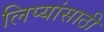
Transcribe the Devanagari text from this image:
लिप्यांसाठी